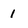
Character: 1